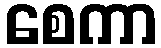
စေကာ